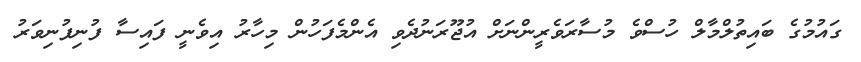
ގައުމުގެ ބައިތުލްމާލް ހުސްވެ މުސާރަވެރީންނަށް އުޖޫރަނުދެވި އެންމެފަހުން މިހާރު އިވެނީ ފައިސާ ފުނިފުނިވަރު